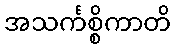
အသင်္ကစ္စိကာတိ